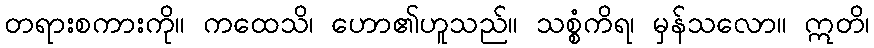
တရားစကားကို။ ကထေသိ၊ ဟော၏ဟူသည်။ သစ္စံကိရ၊ မှန်သလော။ ဣတိ၊